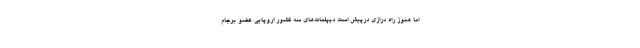
اما هنوز راه درازی درپیش است دیپلمات‌های سه کشور اروپایی عضو برجام